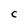
Character: C